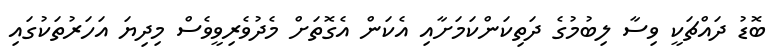
ބޮޑު ދައްޗަކީ ވިސާ ލިބުމުގެ ދަތިކަންކަމަށާއި އެކަން އެގޮތަށް މެދުވެރިވީވެސް މިދިޔަ އަހަރުތަކުގައި